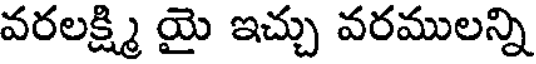
వరలక్ష్మి యై ఇచ్చు వరములన్ని